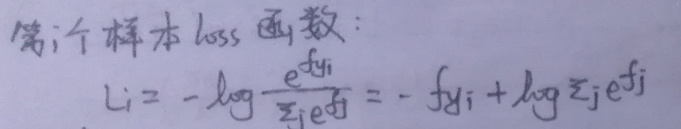
第 $i$ 个样本 $\text{loss}$ 函数：
\[
L_i = -\log \frac{e^{f_{y_i}}}{\sum_{j}e^{f_j}} = - f_{y_i} + \log \sum_{j}e^{f_j}
\]